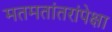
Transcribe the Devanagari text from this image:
मतमतांतरांपेक्षा